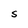
Character: S